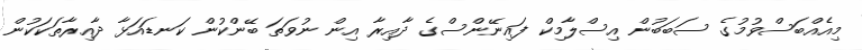
މިއެއްބަސްވުމުގެ ސަބަބުން އިސްލާމިކް ފައިނޭންސްގެ ދާއިރާ އިން ނުވަތަ ބޭންކުން ކަނޑައަޅާ ދާއިރާތަކަކުން